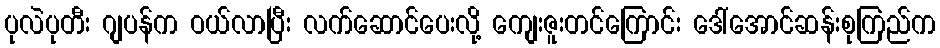
ပုလဲပုတီး ဂျပန်က ဝယ်လာပြီး လက်ဆောင်ပေးလို့ ကျေးဇူးတင်ကြောင်း ဒေါ်အောင်ဆန်းစုကြည်က